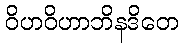
ဝိဟဝိဟာဘိနဒိတေ